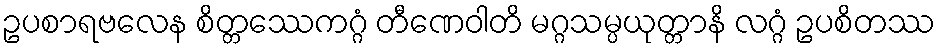
ဥပစာရဗလေန စိတ္တဿေကဂ္ဂံ တီဏေဝါတိ မဂ္ဂသမ္ပယုတ္တာနိ လဂ္ဂံ ဥပစိတဿ